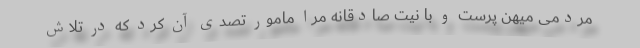
مردمی میهن پرست و با نیت صادقانه مرا مامور تصدی آن کرد که در تلاش